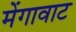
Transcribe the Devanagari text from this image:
मेंगावाट